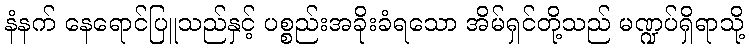
နံနက် နေရောင်ပြူသည်နှင့် ပစ္စည်းအခိုးခံရသော အိမ်ရှင်တို့သည် မဏ္ဍပ်ရှိရာသို့